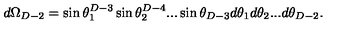
d \Omega _ { D - 2 } = \sin \theta _ { 1 } ^ { D - 3 } \sin \theta _ { 2 } ^ { D - 4 } . . . \sin \theta _ { D - 3 } d \theta _ { 1 } d \theta _ { 2 } . . . d \theta _ { D - 2 } .